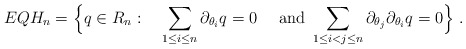
\begin{align*}EQH_n = \Big\{ q \in R_n : \quad\sum_{1\le i\le n} \partial_{\theta_i}q= 0 \quad\hbox{ and }\sum_{1\le i<j\le n} \partial_{\theta_j}\partial_{\theta_i}q= 0 \Big\}~.\end{align*}